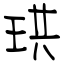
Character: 珙